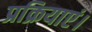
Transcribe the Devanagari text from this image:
प्रक्रियाएं।